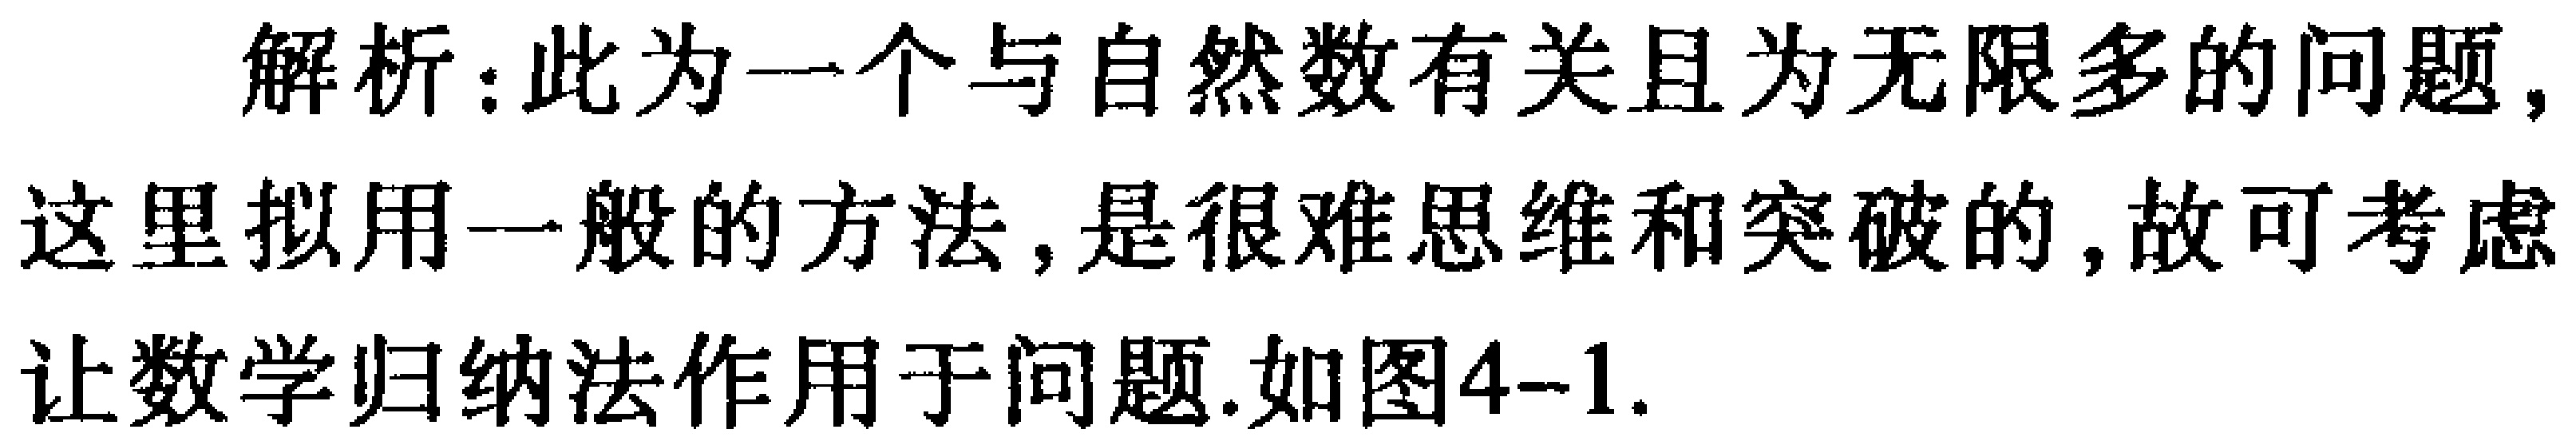
解析：此为一个与自然数有关且为无限多的问题，这里拟用一般的方法，是很难思维和突破的，故可考虑让数学归纳法作用于问题.如图4--1.